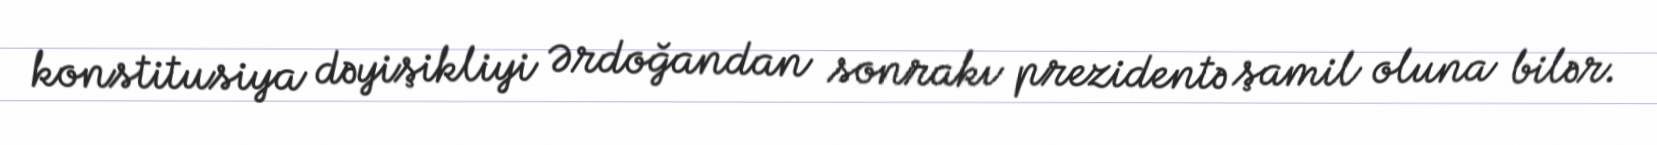
konstitusiya dəyişikliyi Ərdoğandan sonrakı prezidentə şamil oluna bilər.